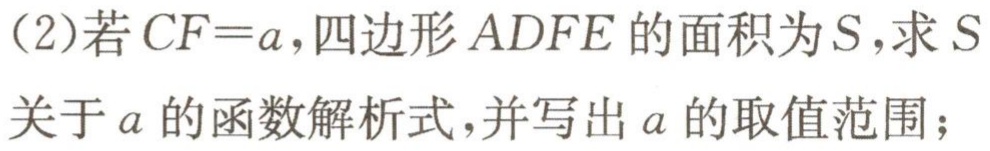
(2)若\(CF = a\)，四边形\(ADFE\)的面积为\(S\)，求\(S\)关于\(a\)的函数解析式，并写出\(a\)的取值范围；